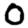
Digit: 0